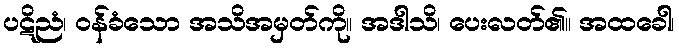
ပဋိညံ၊ ဝန်ခံသော အသိအမှတ်ကို။ အဒါသိ၊ ပေးလတ်၏။ အထခေါ၊